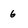
Character: 6